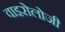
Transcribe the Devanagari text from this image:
वाइरोलोजी